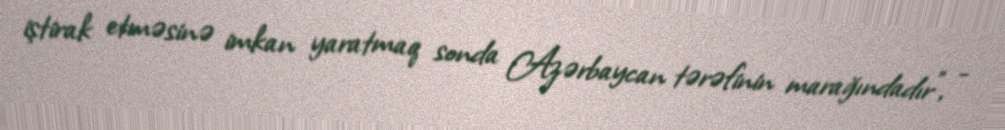
iştirak etməsinə imkan yaratmaq sonda Azərbaycan tərəfinin marağındadır”, -